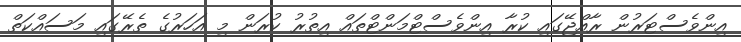
އިންވެސްޓަރުން ރާއްޖޭގައި ކުރާ އިންވެސްޓްމަންޓްތައް އިތުރު ކުރަން މި އަހަރުގެ ތެރޭގައި މަސައްކަތް